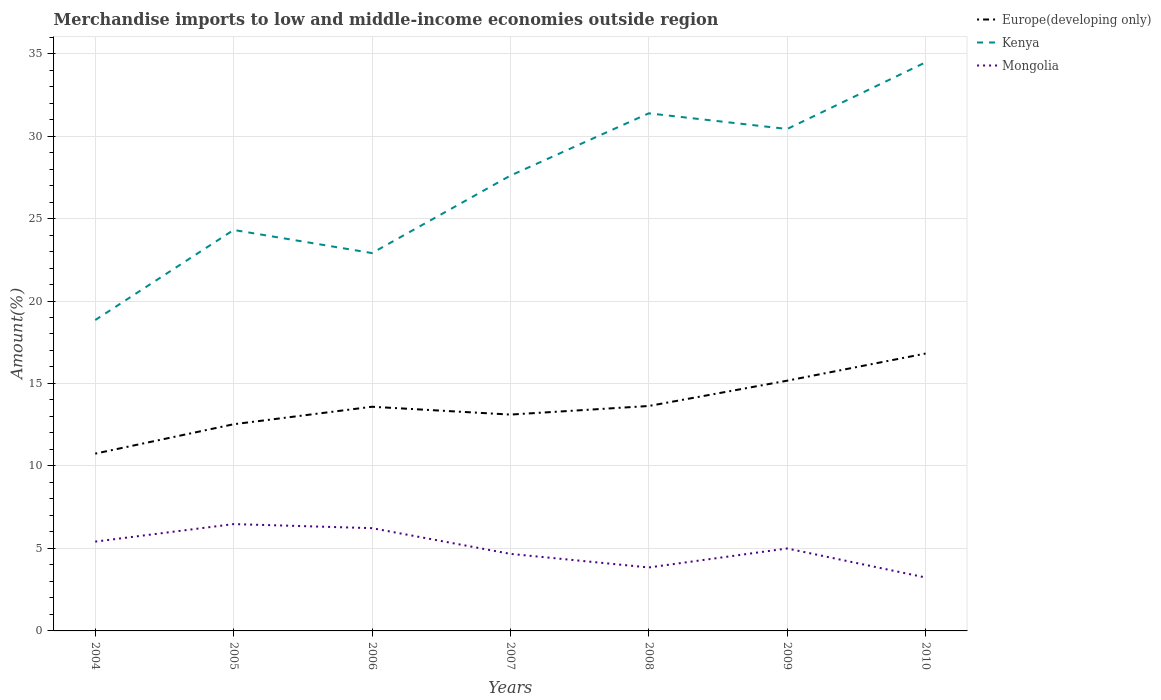
| Years | Europe(developing only) | Kenya | Mongolia |
 | --- | --- | --- | --- |
 | 2004 | 10.7 | 18.8 | 5.41 |
 | 2005 | 12.5 | 24.3 | 6.48 |
 | 2006 | 13.6 | 22.9 | 6.23 |
 | 2007 | 13.1 | 27.6 | 4.67 |
 | 2008 | 13.6 | 31.4 | 3.85 |
 | 2009 | 15.2 | 30.4 | 5 |
 | 2010 | 16.8 | 34.5 | 3.24 |